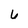
Character: 6